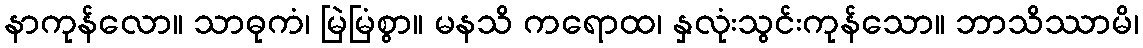
နာကုန်လော။ သာဓုကံ၊ မြဲမြံစွာ။ မနသိ ကရောထ၊ နှလုံးသွင်းကုန်သော။ ဘာသိဿာမိ၊